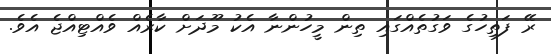
ރޭ ފަތިހުގެ ވަގުތެއްގައި ތިން މީހުންނާ އެކު މޫދަށް ކާރެއް ވެއްޓިއްޖެ އެވެ.